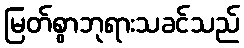
မြတ်စွာဘုရားသခင်သည်